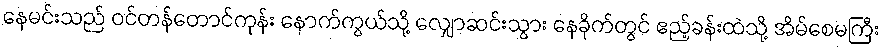
နေမင်းသည် ဝင်တန်တောင်ကုန်း နောက်ကွယ်သို့ လျှောဆင်းသွား နေခိုက်တွင် ဧည့်ခန်းထဲသို့ အိမ်စေမကြီး